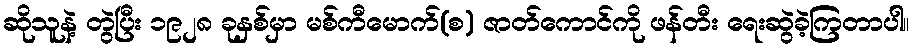
ဆိုသူနဲ့ တွဲပြီး ၁၉၂၈ ခုနှစ်မှာ မစ်ကီမောက်(စ) ဇာတ်ကောင်ကို ဖန်တီး ရေးဆွဲခဲ့ကြတာပါ။